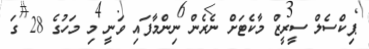
ޕިކްސެލް ސީރީޒް މާކެޓަށް ނެރެން ނިންމާފައި ވަނީ މި މަހުގެ 28 ގަ